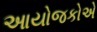
આયોજકોએ